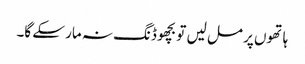
ہاتھوں پر مل لیں تو بچھو ڈنگ نہ مار سکے گا۔